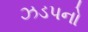
ઝડપનો